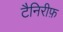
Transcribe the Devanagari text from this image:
टैनिरीफ़